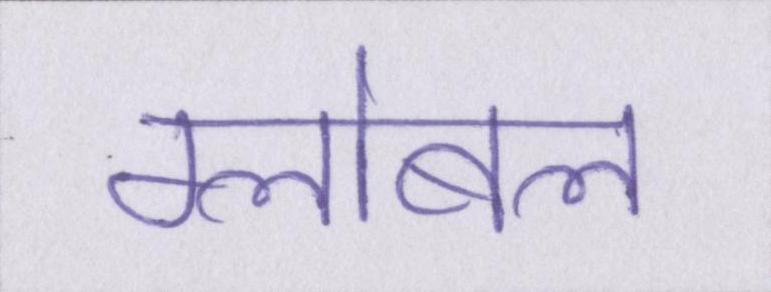
ग्लोबल